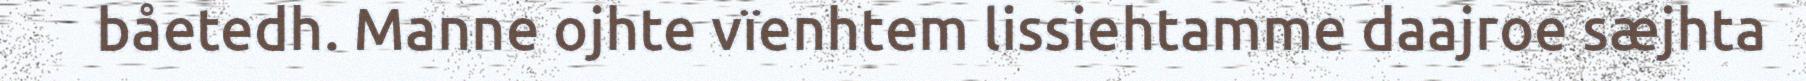
båetedh. Manne ojhte vïenhtem lissiehtamme daajroe sæjhta